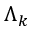
\Lambda _ { k }